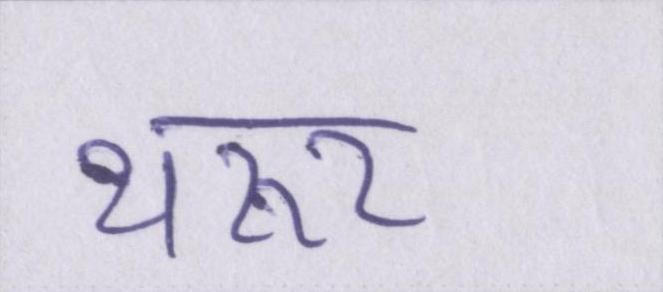
थरूर